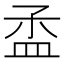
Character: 𥁝